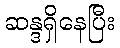
ဆန္ဒရှိနေပြီး